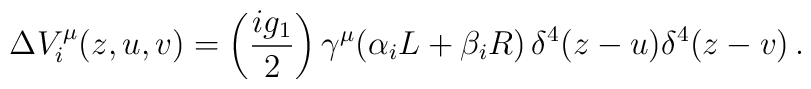
\Delta V_i^\mu(z,u,v)=\left(\frac{ig_1}{2}\right)\gamma^\mu(\alpha_i L+\beta_i R)\,\delta^4(z-u)\delta^4(z-v) \, .